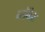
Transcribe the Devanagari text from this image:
ब्लॅकेट